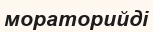
мораторийді